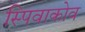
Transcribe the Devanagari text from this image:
स्पिवाकोव